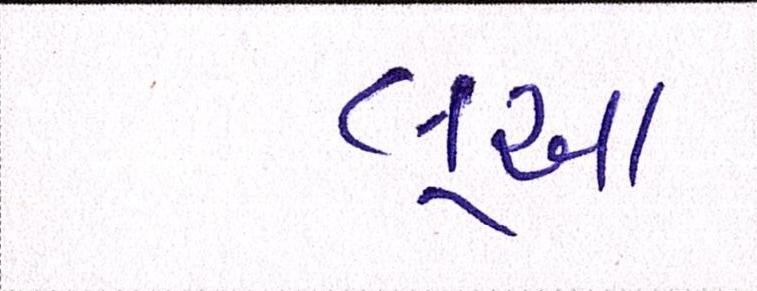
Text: લૂઆ